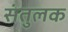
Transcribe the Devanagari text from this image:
संतुलक